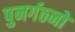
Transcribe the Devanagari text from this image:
पुनर्गठनों